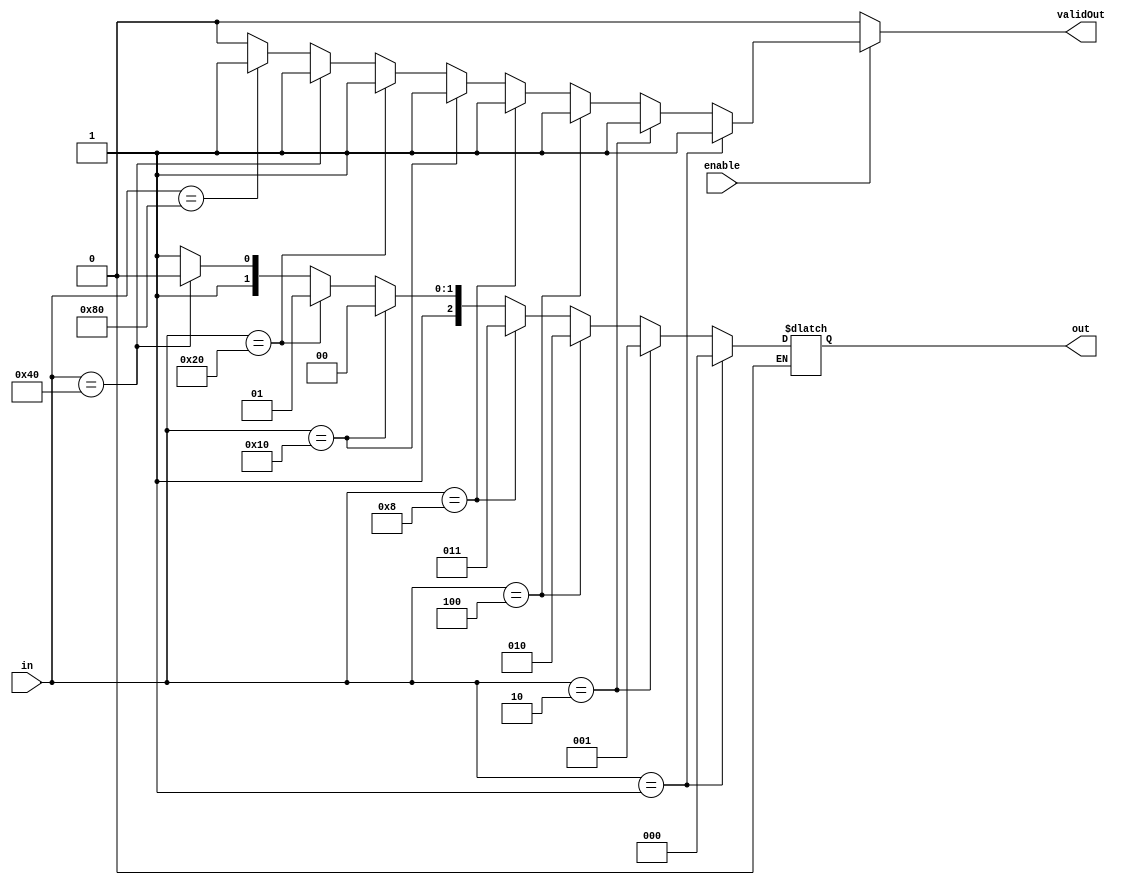
module encoder (enable, in, out, validOut);
input [7:0] in;
output reg [2:0] out;
output reg validOut;
input enable;
always @(enable, in)
begin 
///////////////////////////////////////////////////////////////////////////
//first initialize valid bit = 1.
validOut = 1;
if(enable == 0)
begin 
/////
//if inable =0, the output = zzz, and valid bit = 0.
out=3'bzzz;
validOut = 0;
/////
end

else if (enable == 1)
begin
////////////////////////
//if inable =1,and the input = 1|2|3|4|5|6|7|8,then valid bit = 1(like the initialization).
if(in == 8'b0000_0001) out=3'b000;
else if(in == 8'b0000_0010) out=3'b001;
else if(in == 8'b0000_0100) out=3'b010;
else if(in == 8'b0000_1000) out=3'b011;
else if(in == 8'b0001_0000) out=3'b100;
else if(in == 8'b0010_0000) out=3'b101;
else if(in == 8'b0100_0000) out=3'b110;
else if(in == 8'b1000_0000) out=3'b111;

else
begin
/////
//if the input is invalid then valid bit = 0, and output = xxx.
out = 3'bxxx;
validOut = 0;
/////
end

////////////////////////
end


///////////////////////////////////////////////////////////////////////////
end
endmodule